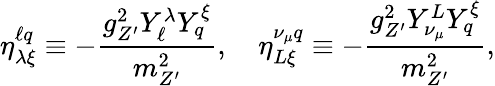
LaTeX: \eta_{\lambda\xi}^{\ell q}\equiv-\frac{g_{Z^{\prime}}^{2}Y_{\ell}^{\lambda}Y_{q}^{\xi}}{m_{Z^{\prime}}^{2}},\quad\eta_{L\xi}^{\nu_{\mu}q}\equiv-\frac{g_{Z^{\prime}}^{2}Y_{\nu_{\mu}}^{L}Y_{q}^{\xi}}{m_{Z^{\prime}}^{2}},